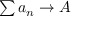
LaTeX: \textstyle \sum a _ { n } \to A